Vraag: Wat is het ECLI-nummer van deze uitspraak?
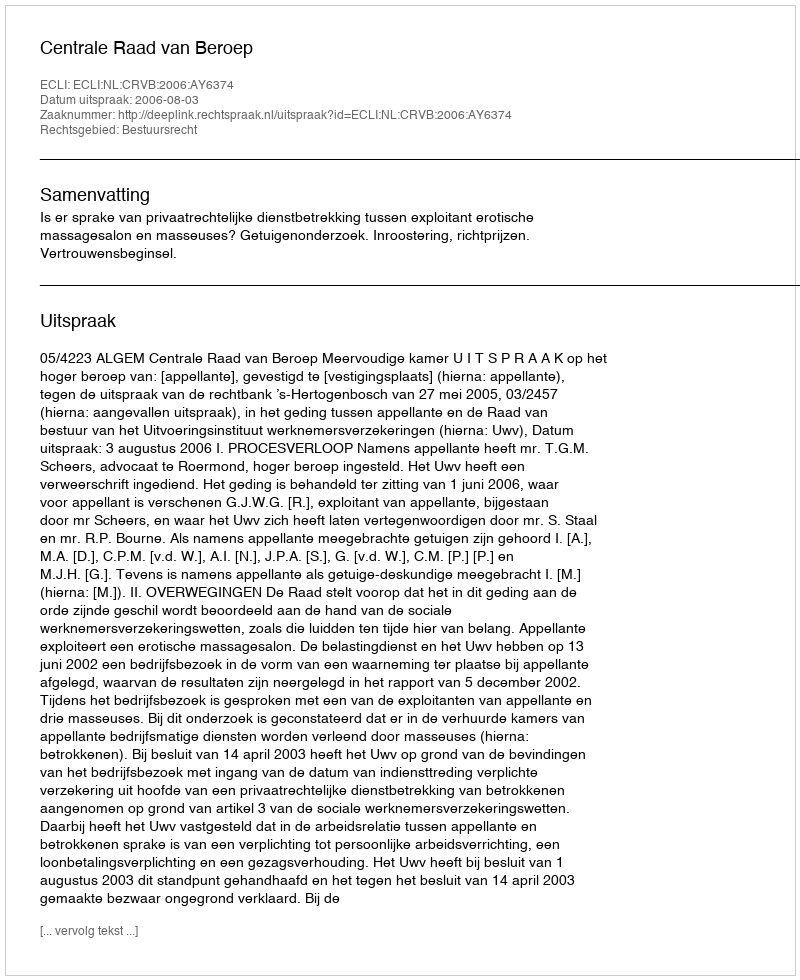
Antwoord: ECLI:NL:CRVB:2006:AY6374